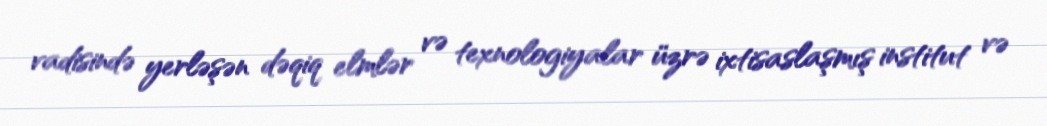
vadisində yerləşən dəqiq elmlər və texnologiyalar üzrə ixtisaslaşmış institut və